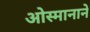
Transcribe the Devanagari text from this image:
ओस्मानाने